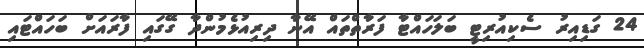
24 ގަޑިއިރު ސެކިއުރިޓީ ބަލަހައްޓާ ފަރާތްތައް އޭނާ ދިރިއުޅެމުންދާ ގޭގައި ފާރައަށް ބަހައްޓައި